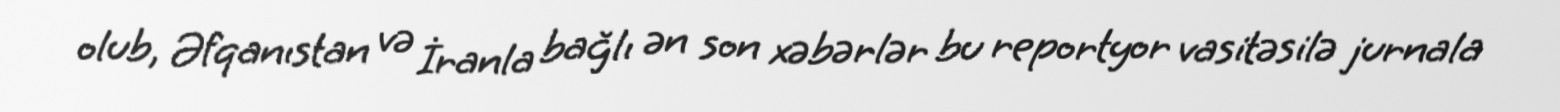
olub, Əfqanıstan və İranla bağlı ən son xəbərlər bu reportyor vasitəsilə jurnala